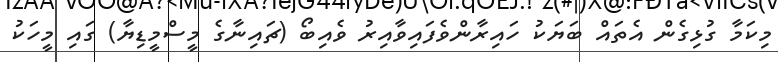
މިކަމާ ގުޅިގެން އެތައް ބަޔަކު ހައިރާންވެފައިވާއިރު ވެއިބޯ (ޗައިނާގެ މީސްމީޑިޔާ) ގައި މީހަކު